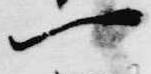
一